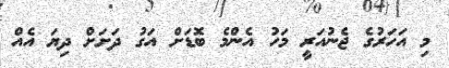
މި އަހަރުގެ ޖެނުއަރީ މަހު އެންމެ ބޮޑަށް އަގު ދަށަށް ދިޔަ އެއް